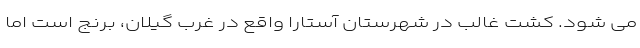
می شود. کشت غالب در شهرستان آستارا واقع در غرب گیلان، برنج است اما